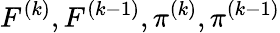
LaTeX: F^{(k)},F^{(k-1)},\pi^{(k)},\pi^{(k-1)}